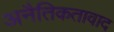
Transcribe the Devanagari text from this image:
अनैतिकतावाद